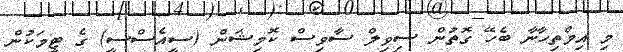
މި އިމްތިހާނާ ބެހޭ ގޮތުން ސިވިލް ސާވިސް ކޮމިޝަން (ސީއެސްސީ) ގެ ޓީމަކުން